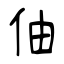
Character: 伷